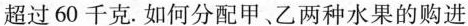
超过60千克.如何分配甲、乙两种水果的购进